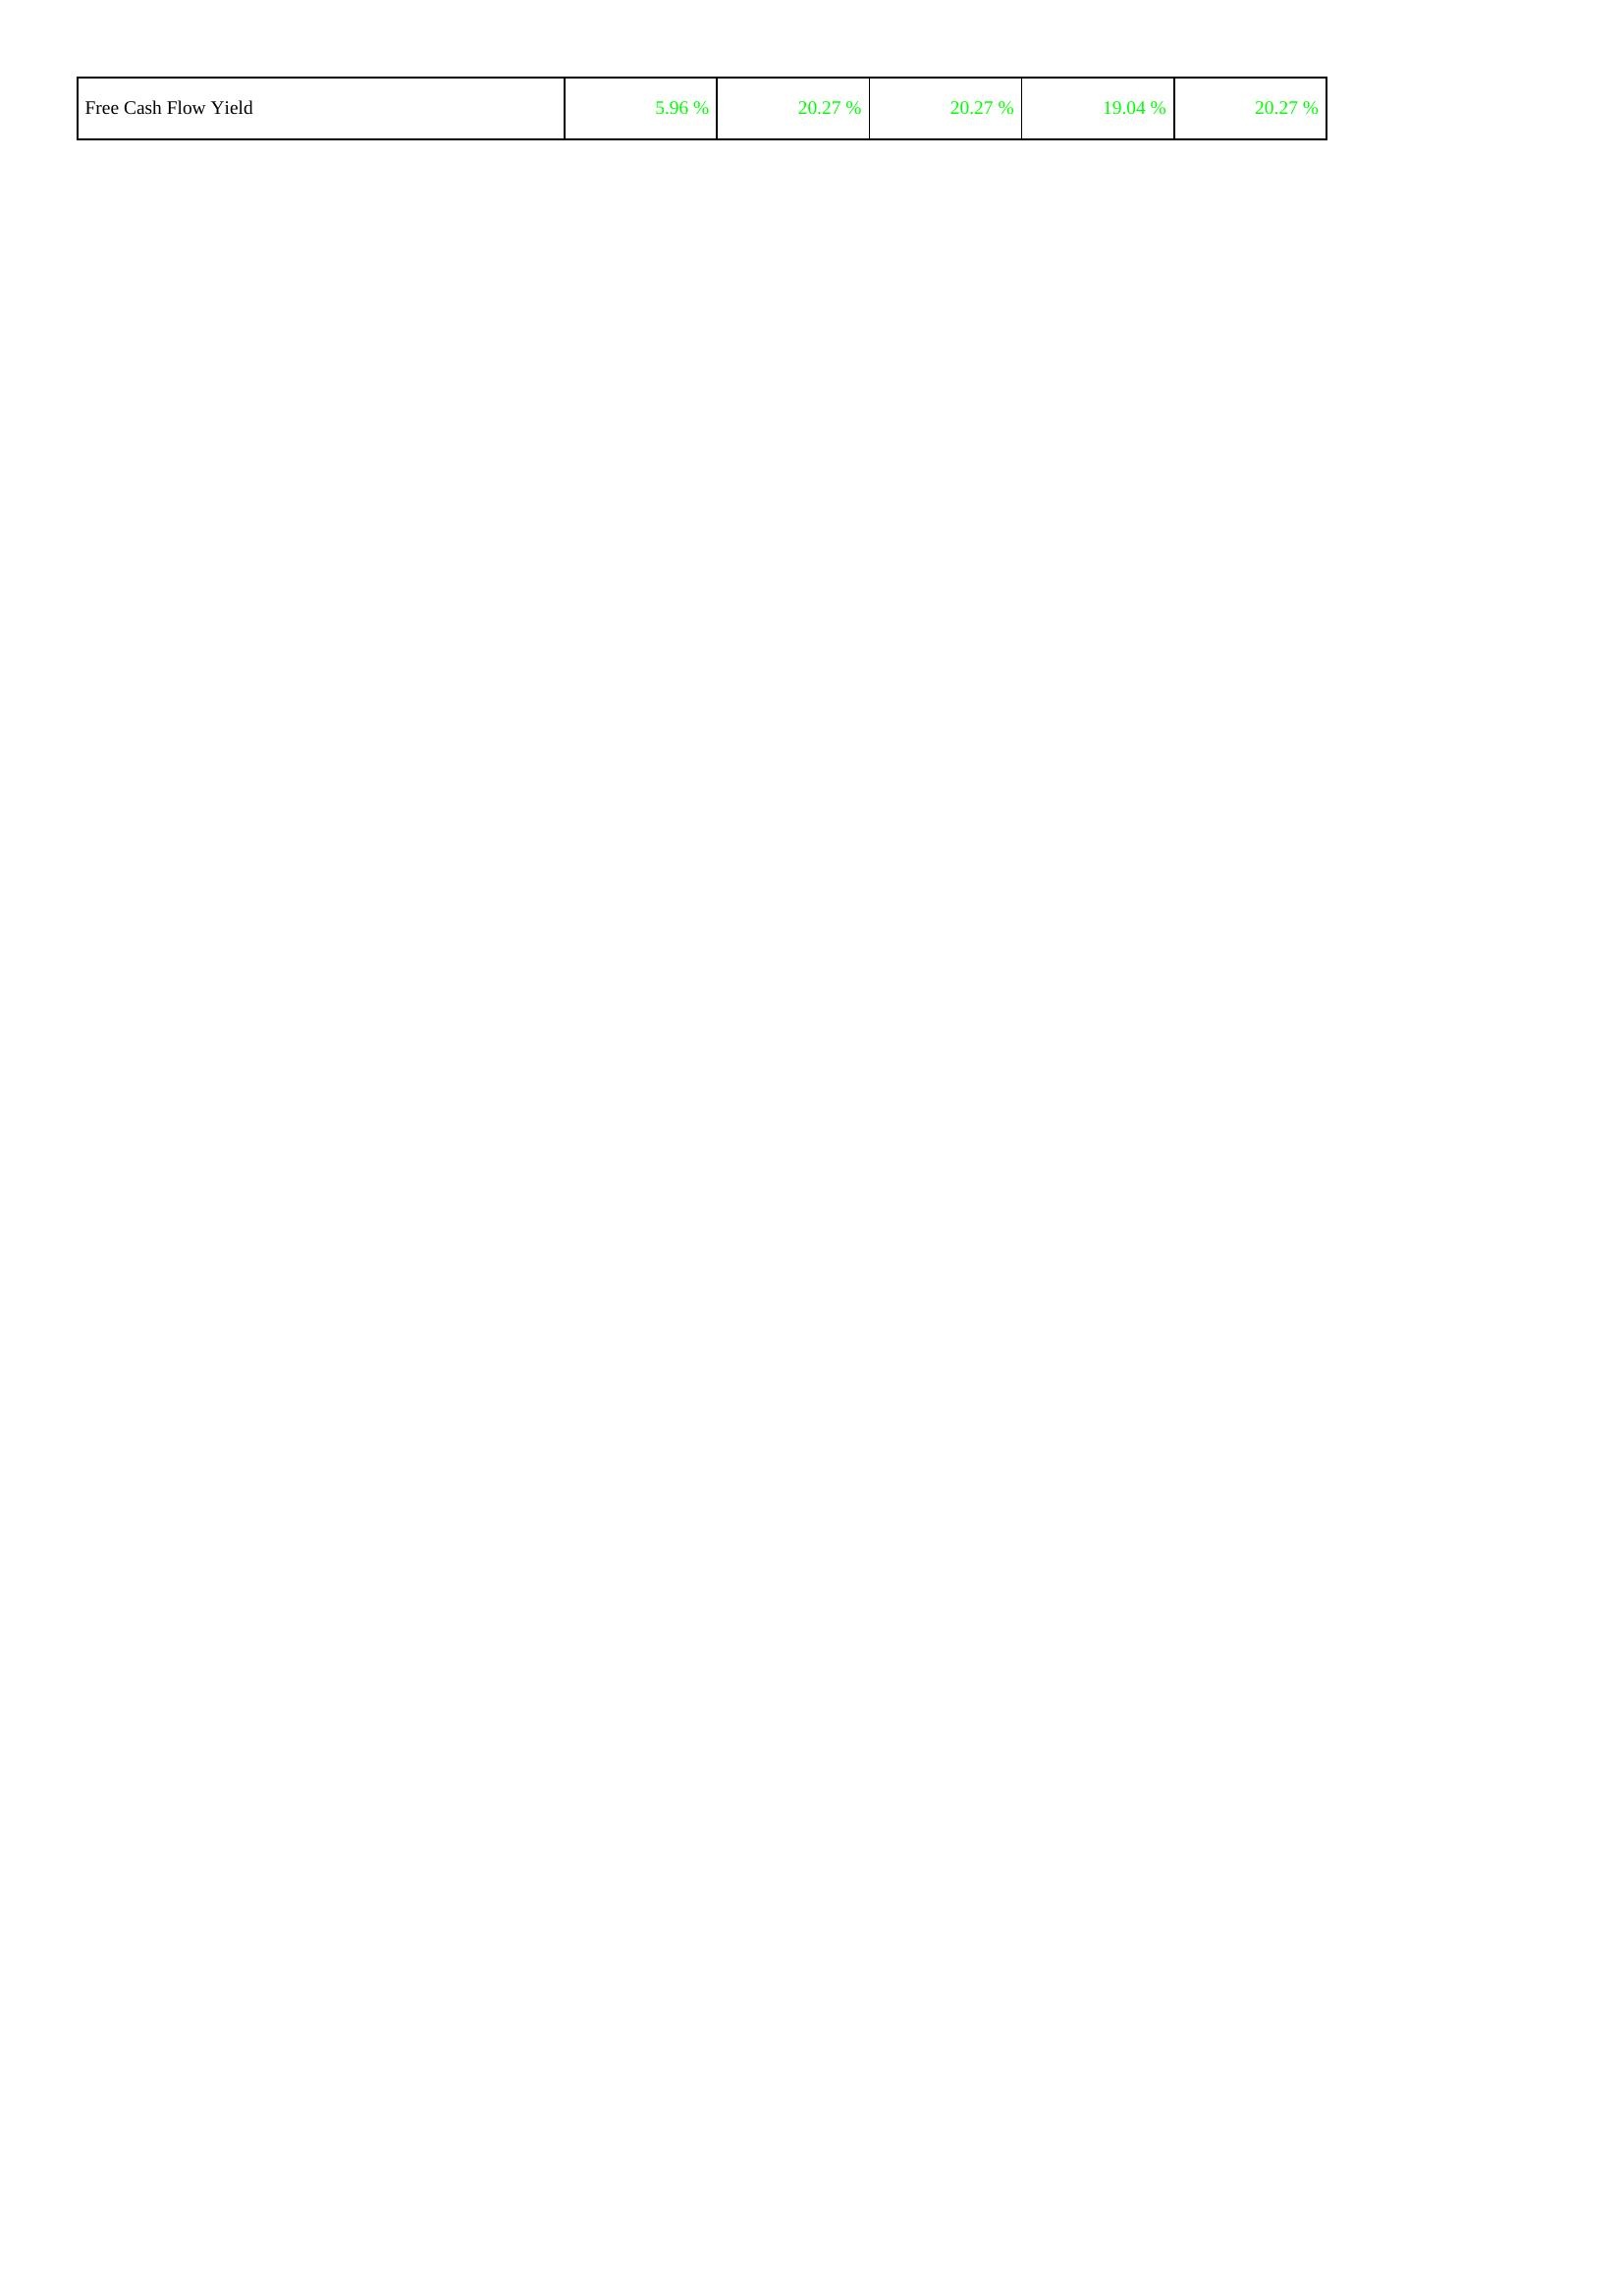
2012: Financing Activities: Free Cash Flow Yield: 5.96 %
2013: Financing Activities: Free Cash Flow Yield: 20.27 %
2014: Financing Activities: Free Cash Flow Yield: 20.27 %
2015: Financing Activities: Free Cash Flow Yield: 19.04 %
2016: Financing Activities: Free Cash Flow Yield: 20.27 %